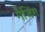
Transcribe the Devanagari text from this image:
गैजिंग